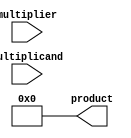
module booth_multiplier #(
    parameter A_WIDTH = 8, // Width of multiplicand
    parameter B_WIDTH = 8  // Width of multiplier
)(
    input wire [A_WIDTH-1:0] multiplicand,
    input wire [B_WIDTH-1:0] multiplier,
    output wire [A_WIDTH + B_WIDTH - 1:0] product
);

    // Internal signals
    reg [A_WIDTH + B_WIDTH - 1:0] partial_products [0:((1 << (B_WIDTH + 1)) - 1)];
    reg [B_WIDTH:0] booth_encoded;
    reg [A_WIDTH + B_WIDTH - 1:0] sum;
    integer i, j;

    // Booth encoding process
    always @(*) begin
        booth_encoded = {2'b0, multiplier}; // Extend multiplier for encoding
        sum = 0;

        for (i = 0; i < B_WIDTH; i = i + 1) begin
            case (booth_encoded[i+1:i])
                2'b00: partial_products[i] = 0;                 // No action
                2'b01: partial_products[i] = multiplicand << i; // Add multiplicand
                2'b10: partial_products[i] = -multiplicand << i; // Subtract multiplicand
                2'b11: partial_products[i] = 0;                 // No action
            endcase
        end
    end

    // Wallace tree reduction
    always @(*) begin
        // Initialize sum
        sum = 0;

        // Sum partial products using a Wallace tree structure
        for (i = 0; i < B_WIDTH; i = i + 1) begin
            sum = sum + partial_products[i];
        end
    end

    // Assign final product
    assign product = sum;

endmodule